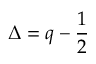
\Delta = q - \frac { 1 } { 2 }